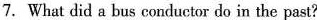
7.What did a bus conductor do in the past?